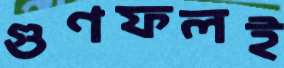
গুণফলই